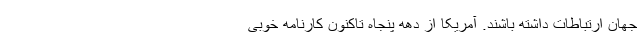
جهان ارتباطات داشته باشند. آمریکا از دهه پنجاه تاکنون کارنامه خوبی